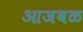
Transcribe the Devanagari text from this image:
आजवळ